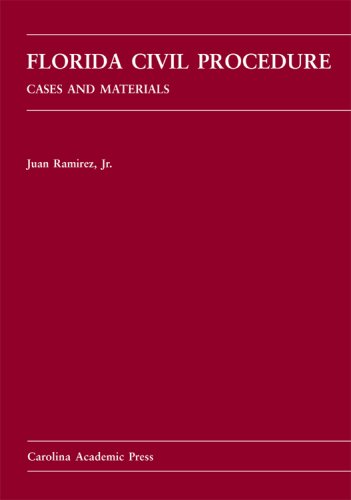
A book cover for Florida Civil Procedure: Cases And Materials; Juan Ramirez; Law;